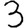
Digit: 3